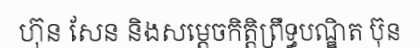
ហ៊ុន សែន និងសម្តេចកិត្តិព្រឹទ្ធបណ្ឌិត ប៊ុន